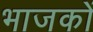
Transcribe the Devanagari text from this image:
भाजकों